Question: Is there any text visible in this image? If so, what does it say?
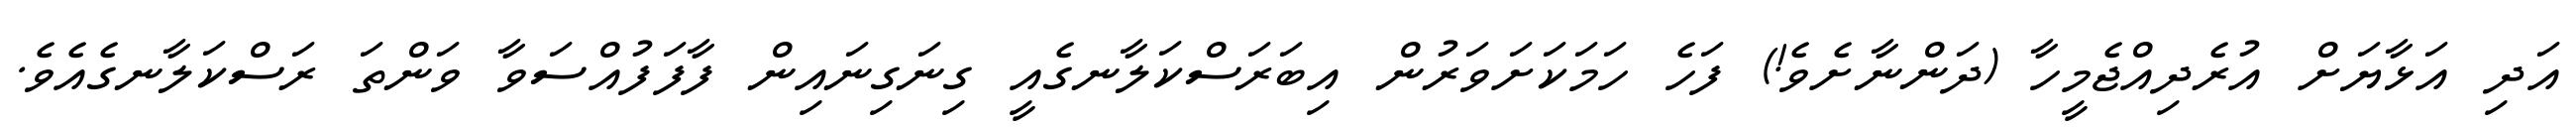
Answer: އަދި އަޅާޔަށް އުރެދިއްޖެމީހާ (ދަންނާށެވެ!) ފަހެ ހަމަކަށަވަރުން އިބަރަސްކަލާނގެއީ ގިނަގިނައިން ފާފަފުއްސަވާ ވަންތަ ރަސްކަލާނގެއެވެ.